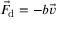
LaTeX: { \vec { F } } _ { \mathrm { d } } = - b { \vec { v } }